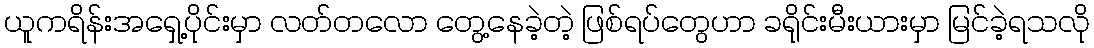
ယူကရိန်းအရှေ့ပိုင်းမှာ လတ်တလော တွေ့နေခဲ့တဲ့ ဖြစ်ရပ်တွေဟာ ခရိုင်းမီးယားမှာ မြင်ခဲ့ရသလို